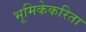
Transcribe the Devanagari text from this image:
भूमिकेकरिता